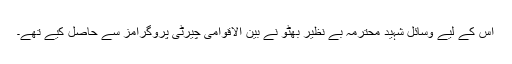
اس کے لیے وسائل شہید محترمہ بے نظیر بھٹو نے بین الاقوامی چیرٹی پروگرامز سے حاصل کیے تھے۔